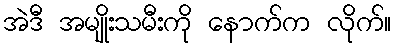
အဲဒီ အမျိုးသမီးကို နောက်က လိုက်။